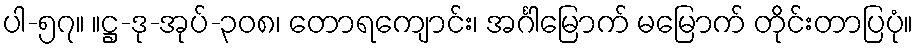
ပါ-၅၇။ ။ဋ္ဌ-ဒု-အုပ်-၃၀၈၊ တောရကျောင်း၊ အင်္ဂါမြောက် မမြောက် တိုင်းတာပြပုံ။